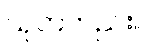
သုတ်တည်း။